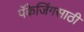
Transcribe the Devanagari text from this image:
पॅकेजिंगसाठी